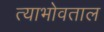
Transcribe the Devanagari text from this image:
त्याभोवताल